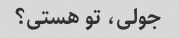
جولی، تو هستی؟